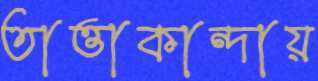
তাত্তাকান্দায়